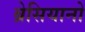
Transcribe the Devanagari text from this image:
ब्रेसियानो